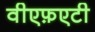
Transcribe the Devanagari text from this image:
वीएफ़एटी